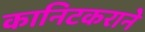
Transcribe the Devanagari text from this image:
कानिटकराने